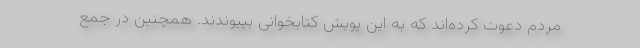
مردم دعوت کرده‌اند که به این پویش کتابخوانی بپیوندند. همچنین در جمع